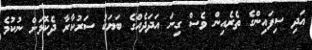
އަދި ސިފައިންގެ ތެރެއިން ވެސް ގިނަ އަދަދެއްގެ ބަޔަކު ސަރުކާރާ ދެކޮޅަށް ނުކުމެ